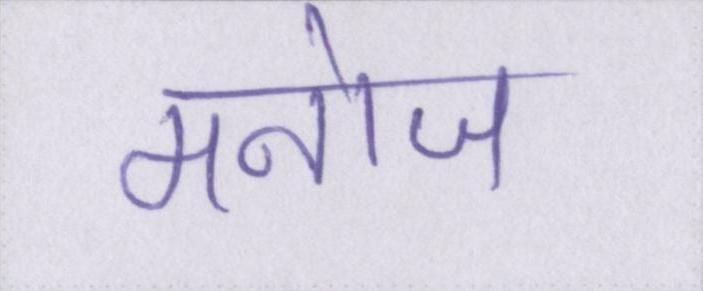
मनोज